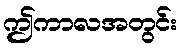
ဤကာလအတွင်း